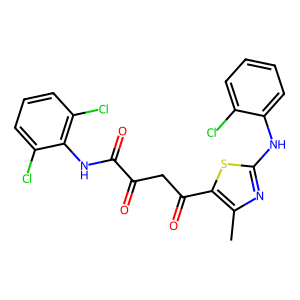
SMILES: Cc1nc(Nc2ccccc2Cl)sc1C(=O)CC(=O)C(=O)Nc1c(Cl)cccc1Cl
Inhibits HIV replication: No